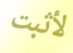
لأثبت